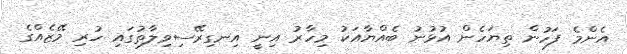
އެންމެ ފަހުން ތިޔަހެން އުޅުނު ބެއްޔާއަކު މިހާރު އިނީ އިނގިރޭސިވިލާތުގައި ހުރި މޭޒެއްގެ